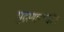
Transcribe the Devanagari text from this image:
मुद्रणालयांत